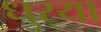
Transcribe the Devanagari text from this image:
धुर्‍या